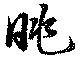
眺